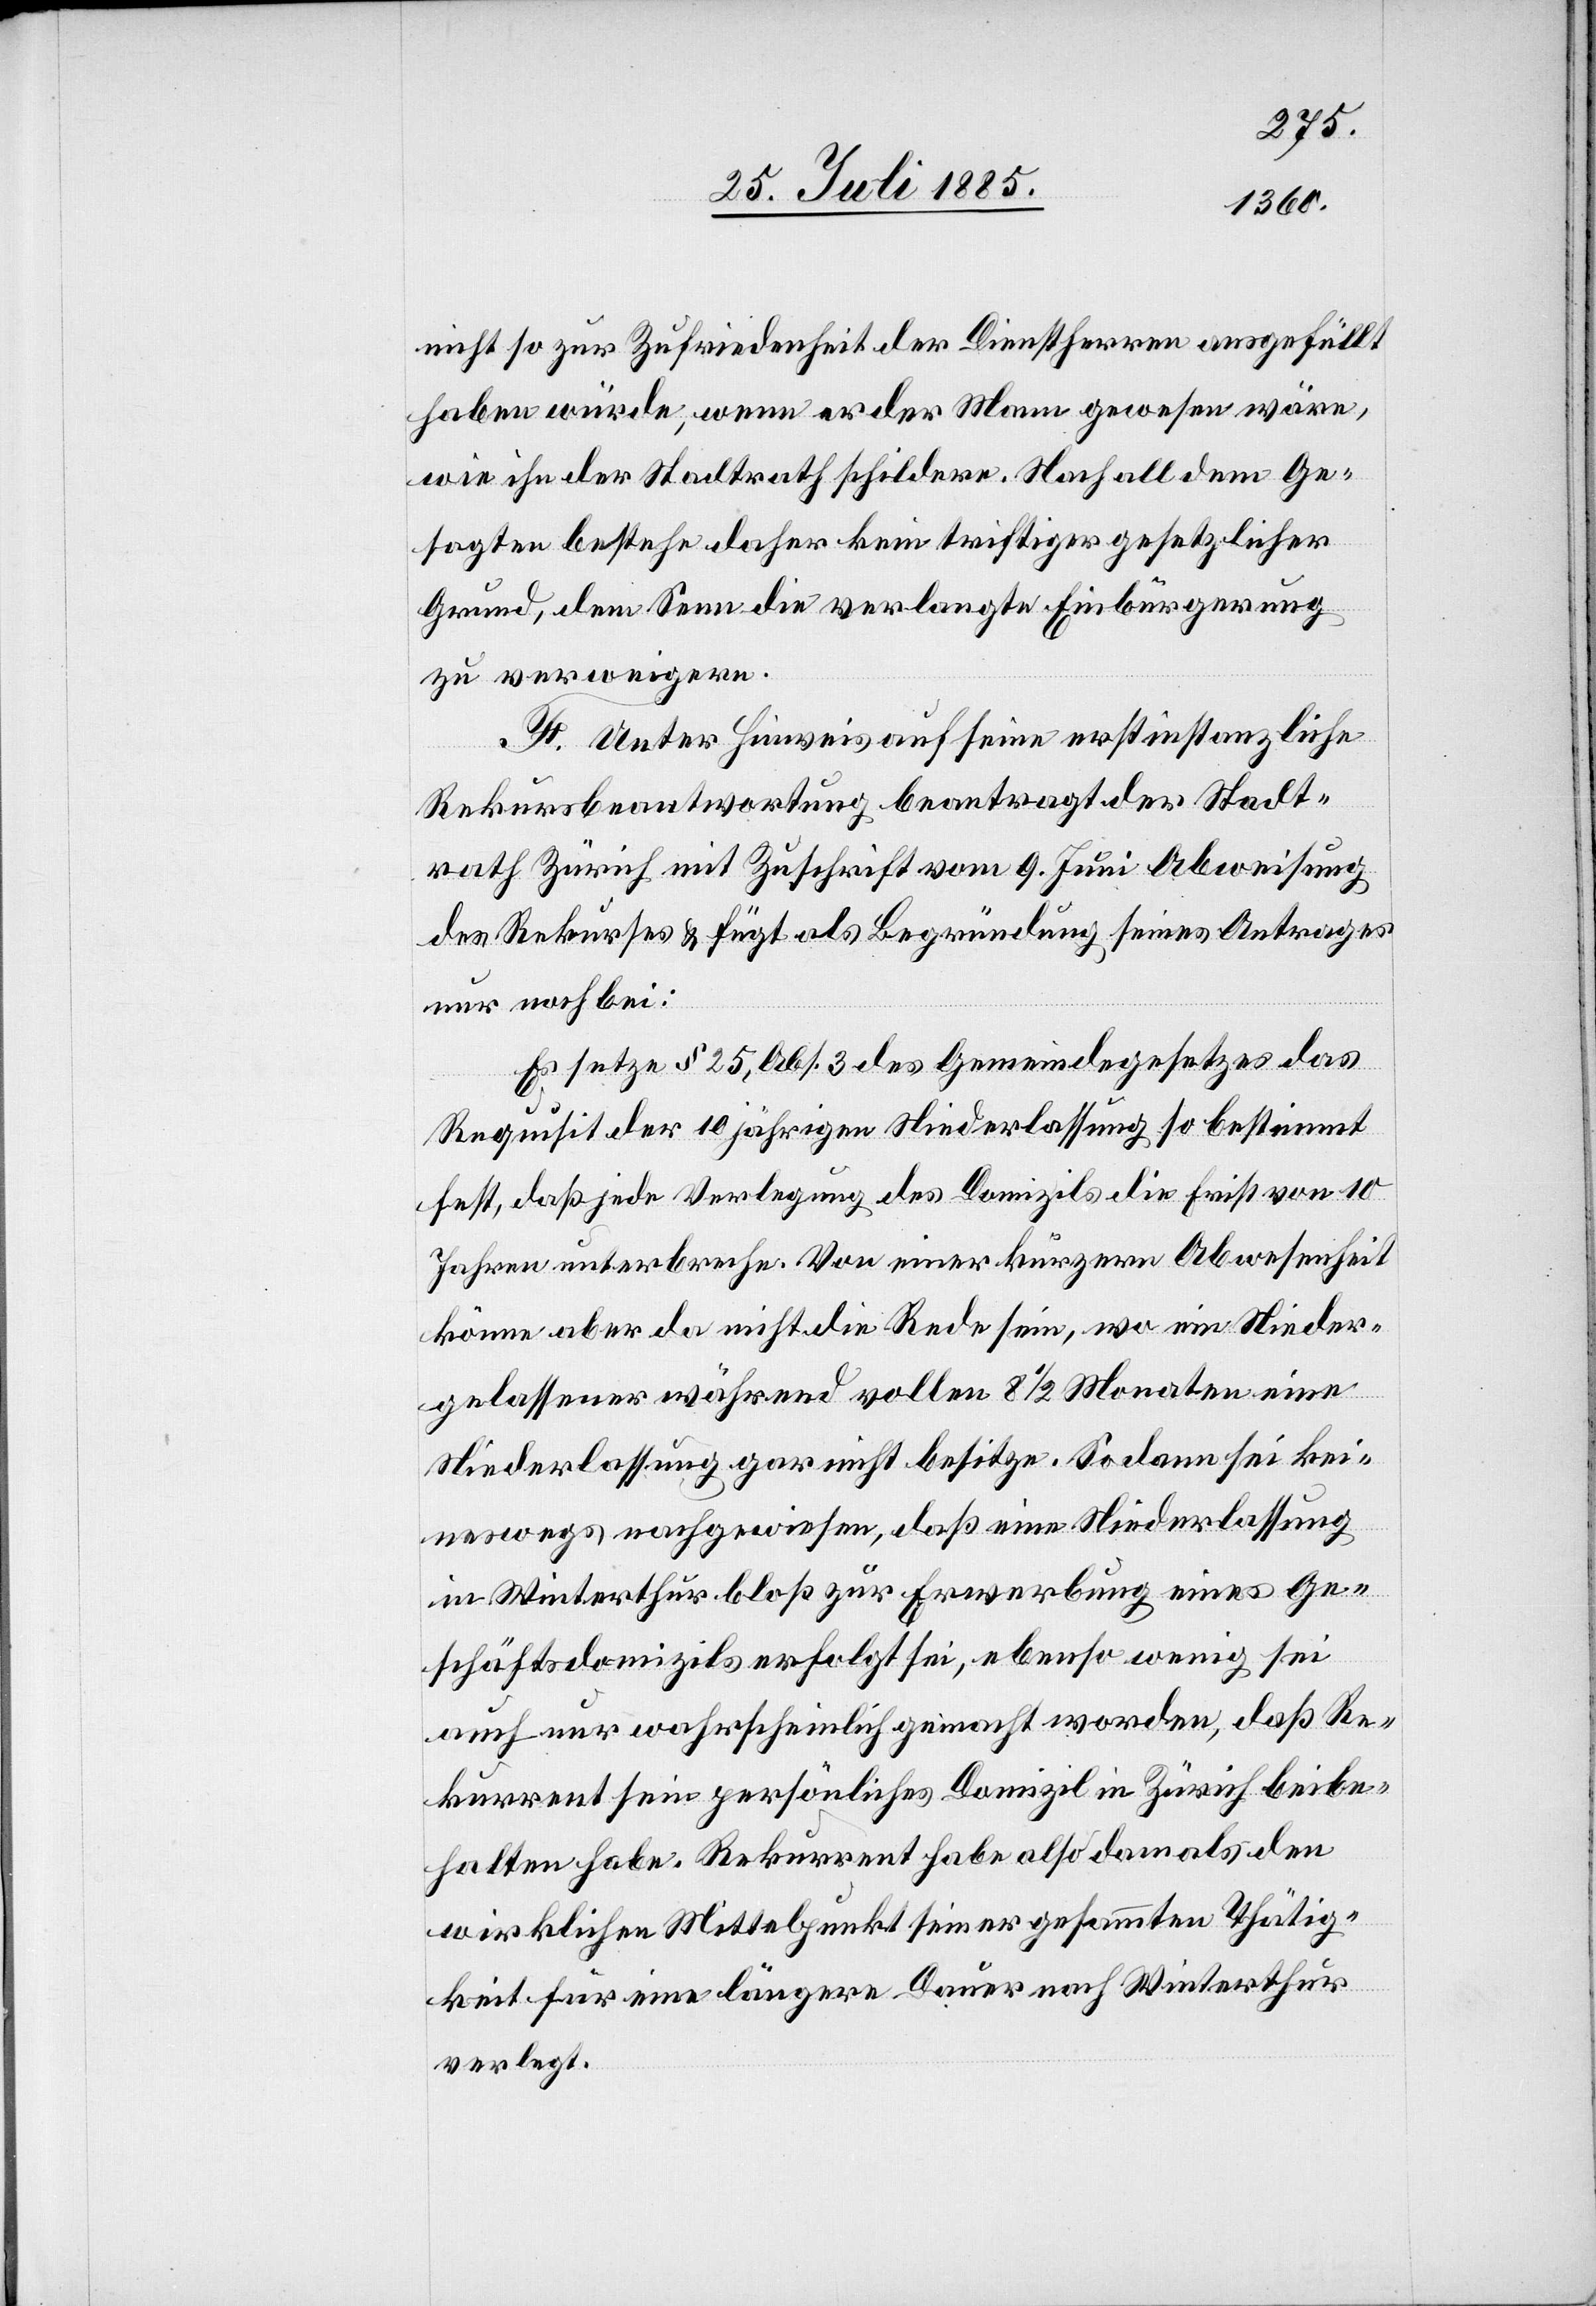
nicht so zur Zufriedenheit der Dienstherren ausgefüllt
haben würde, wenn er der Mann gewesen wäre,
wie ihn der Stadtrath schildere. Nach alldem Ge¬
sagten bestehe daher kein triftiger gesetzlicher
Grund, dem Senn die verlangte Einbürgerung
zu verweigern.
F. Unter Hinweis auf seine erstinstanzliche
Rekursbeantwortung beantragt der Stadt¬
rath Zürich mit Zuschrift vom 9. Juni Abweisung
des Rekurses & fügt als Begründung seines Antrages
nur noch bei:
Es setze § 25, Abs. 3 des Gemeindegesetzes das
Requisit der 10jährigen Niederlassung so bestimmt
fest, daß jede Verlegung des Domizils die Frist von 10
Jahren unterbreche. Von einer kürzeren Abwesenheit
könne aber da nicht die Rede sein, wo ein Nieder¬
gelassener während vollen 8 1/2 Monaten eine
Niederlassung gar nicht besitze. Sodann sei kei¬
neswegs nachgewiesen, daß eine Niederlassung
in Winterthur bloß zur Erwerbung eines Ge¬
schäftsdomizils erfolgt sei, ebenso wenig sei
auch nur wahrscheinlich gemacht worden, daß Re¬
kurrent sein persönliches Domizil in Zürich beibe¬
halten habe. Rekurrent habe also dann als den
wirklichen Mittelpunkt seiner gesammten Thätig¬
keit für eine längere Dauer nach Winterthur
verlegt.